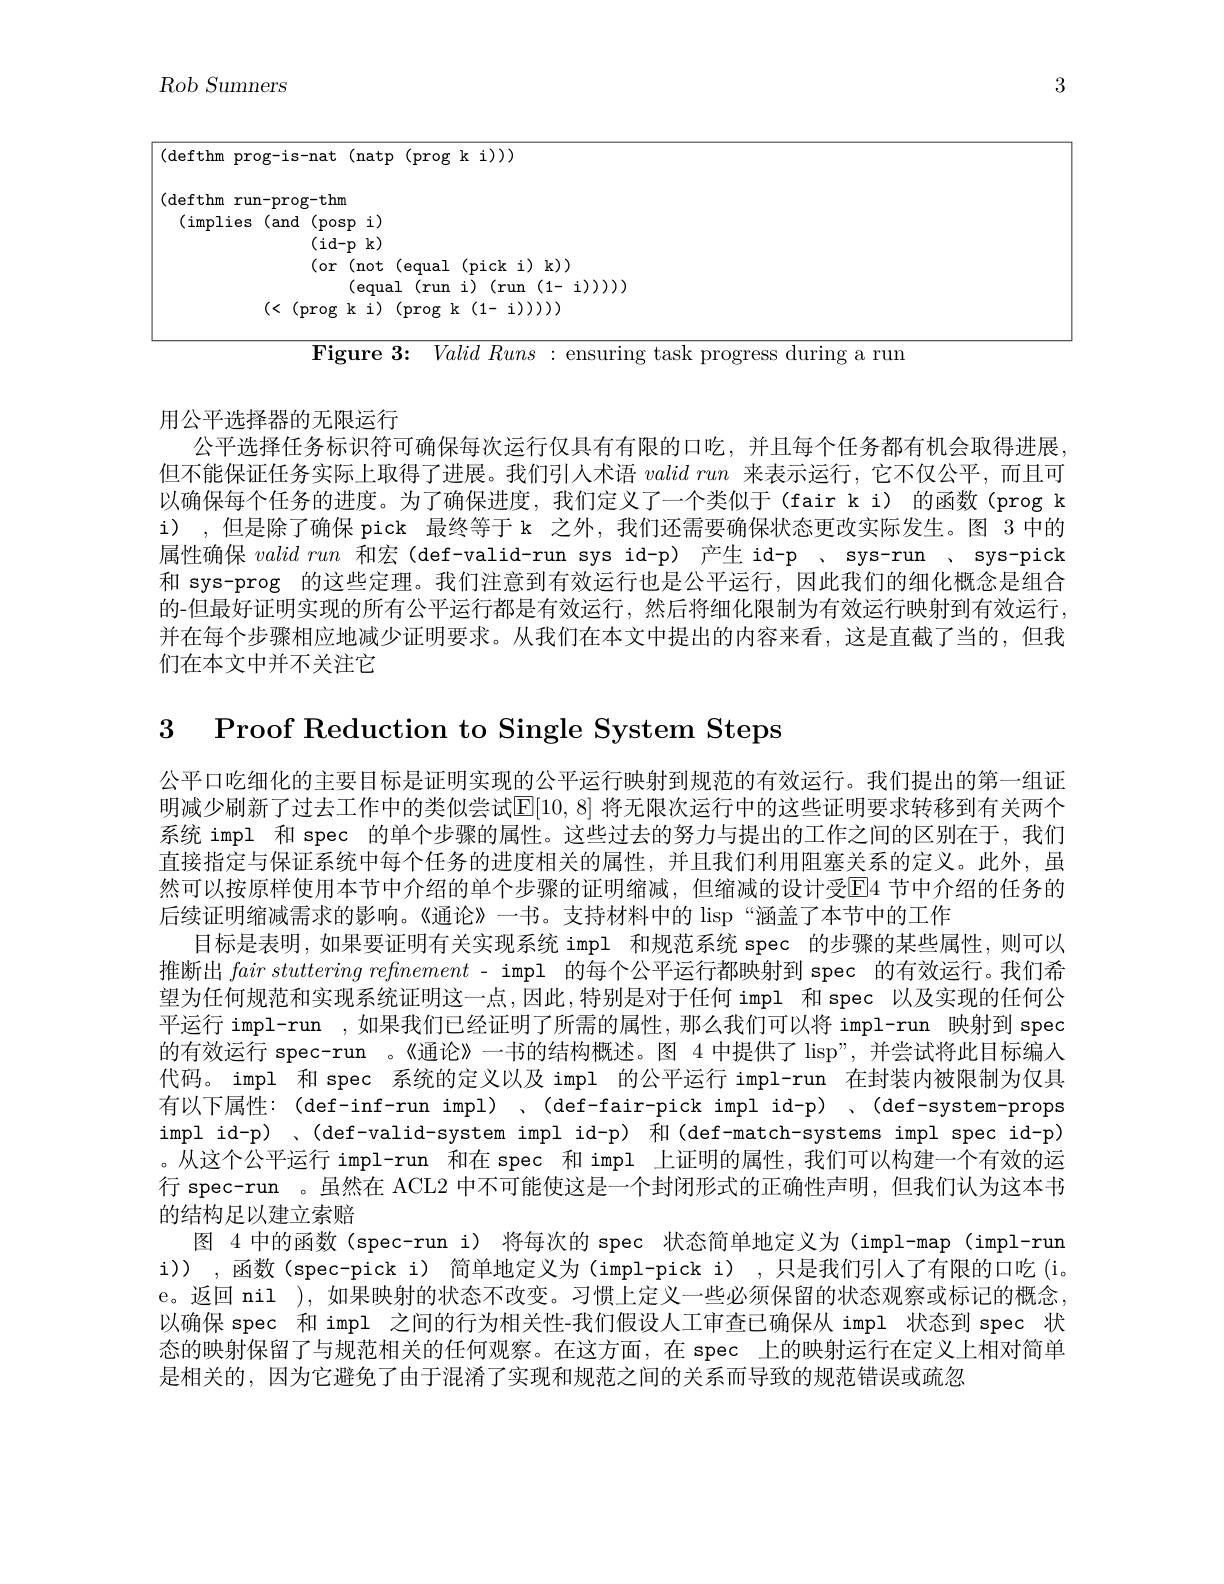
<table>
	<tbody>
		<tr>
			<th>$Rob~Sumners$</th>
			<th>3</th>
		</tr>
		<tr>
			<td>$$($defthm prog-is-nat(natp(progki)))$</td>
			<td> </td>
		</tr>
		<tr>
			<td>(equal(runi)(run(1-i))))) (< (prog k i)(prog k(1-i)))))</td>
			<td> </td>
		</tr>
		<tr>
			<td>$F_{\mathbf{i}\boldsymbol{o}}$</td>
			<td> </td>
		</tr>
	</tbody>
</table>

用公平选择器的无限运行
公平选择任务标识符可确保每次运行仅具有有限的口吃，并且每个任务都有机会取得进展但不能保证任务实际上取得了进展。我们引人术语validrun来表示运行，它不仅公平，而且可以确保每个任务的进度。为了确保进度，我们定义了一个类似于(fair k i) 的函数(prog k i) ,但是除了确保 pick 最终等于 k 之外，我们还需要确保状态更改实际发生。图 3 中的属性确保$valid\textit{run和 宏 ( def- valid- run sys id- p) 产 生 id- p 、 sys- run 、 sys- pick}$ 和 sys-prog 的这些定理。我们注意到有效运行也是公平运行，因此我们的细化概念是组合的-但最好证明实现的所有公平运行都是有效运行，然后将细化限制为有效运行映射到有效运行， 并在每个步骤相应地减少证明要求。从我们在本文中提出的内容来看，这是直截了当的，但我们在本文中并不关注它

3 Proof Reduction to Single System Steps

公平口吃细化的主要目标是证明实现的公平运行映射到规范的有效运行。我们提出的第一组证明减少刷新了过去工作中的类似尝试$\mathbb{E}[10,8]$ 将无限次运行中的这些证明要求转移到有关两个系统 impl 和 spec 的单个步骤的属性。这些过去的努力与提出的工作之间的区别在于，我们直接指定与保证系统中每个任务的进度相关的属性，并且我们利用阻塞关系的定义。此外，虽然可以按原样使用本节中介绍的单个步骤的证明缩减，但缩减的设计受El4 节中介绍的任务的后续证明缩减需求的影响。《通论》一书。支持材料中的 lisp“涵盖了本节中的工作
目标是表明，如果要证明有关实现系统 impl 和规范系统 spec 的步骤的某些属性，则可以推断出$fairstuttering\textit{refinement - impl 的 每 个 公 平 运 行 都 映 射 到 spec 的 有 效 运 行 。我 们 希 }$ 望为任何规范和实现系统证明这一点，因此，特别是对于任何 impl 和 spec 以及实现的任何公平运行 impl-run ,如果我们已经证明了所需的属性，那么我们可以将 impl-run 映射到 spec 的有效运行 spec-run 。《通论》一书的结构概述。图 4 中提供了 lisp”, 并尝试将此目标编人代码。impl 和 spec 系统的定义以及 impl 的公平运行 impl-run 在封装内被限制为仅具有以下属性：(def-inf-run impl)、(def-fair-pick impl id-p)、(def-system-props impl id-p)、(def-valid-system impl id-p) 和(def-match-systems impl spec id-p) 。从这个公平运行 impl-run 和在 spec 和 impl 上证明的属性，我们可以构建一个有效的运行 spec-run 。虽然在 ACL2 中不可能使这是一个封闭形式的正确性声明，但我们认为这本书的结构足以建立索赔
图 4 中的函数(spec-run i) 将每次的 spec 状态简单地定义为(impl-map(impl-run i)) ,函数(spec-pick i) 简单地定义为(impl-pick i) ,只是我们引入了有限的口吃 (i. e。返回 nil ), 如果映射的状态不改变。习惯上定义一些必须保留的状态观察或标记的概念， 以确保 spec 和 impl 之间的行为相关性-我们假设人工审查已确保从 impl 状态到 spec 状态的映射保留了与规范相关的任何观察。在这方面，在 spec 上的映射运行在定义上相对简单是相关的，因为它避免了由于混淆了实现和规范之间的关系而导致的规范错误或疏忽